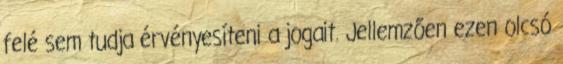
felé sem tudja érvényesíteni a jogait. Jellemzően ezen olcsó